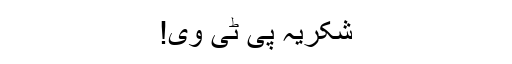
شکریہ پی ٹی وی!